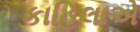
કાહિલાએ